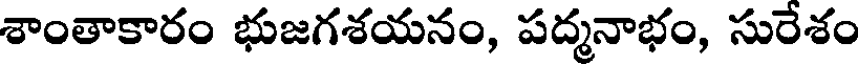
శాంతాకారం భుజగశయనం, పద్మనాభం, సురేశం